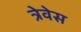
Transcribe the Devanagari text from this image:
त्रेवेस